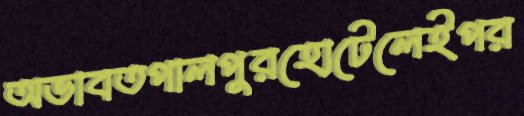
অভাবতপালপুরহোটেলেইপর